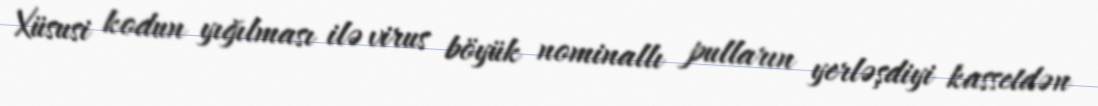
Xüsusi kodun yığılması ilə virus böyük nominallı pulların yerləşdiyi kassetdən